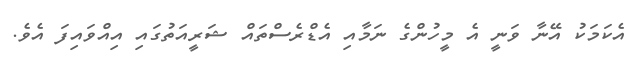
އެކަމަކު އޭނާ ވަނީ އެ މީހުންގެ ނަމާއި އެޑްރެސްތައް ޝަރީއަތުގައި އިއްވައިފަ އެވެ.